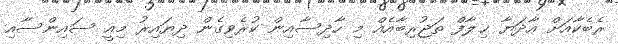
ރެބެކާއަށް އާދަޔާ ޚިލާފް ތަޖުރިބާއެއް މި ހާދިސާއިން ކުރެވިގެން ދިޔައިރު މިއީ ސައިންސާއި